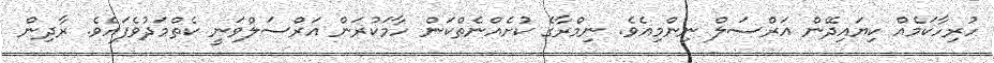
ހުރިހާކަމެއް ކިޔައިދޭން އަރްސަލް ނިންމިއެވެ. ނިމްރާގެ ކުށެއްނެތްކަން ހާމަކުރަން އަރްސަލްވަނީ ކެތްމަދުވެފައެވެ. ރާދިން